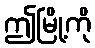
ဤမြို့ကို